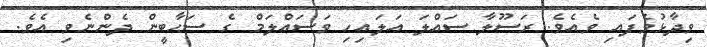
ވިދާޅުވެފައި ވެއެވެ. ރަސޫލާ ސައްލަ އަލައިހި ވަސައްލަމް ގެ ސަޙާބީން ދެންނެވި އެވެ.